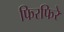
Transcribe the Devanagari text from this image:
फिरफिरे